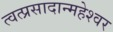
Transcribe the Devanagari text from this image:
त्वत्प्रसादान्महेश्वर